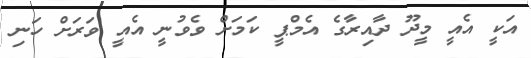
އަކީ އެއީ މީދޫ ދާއިރާގެ އެމްޕީ ކަމަށް ވެވުނީ އެއީ ވަރަށް ހަނި